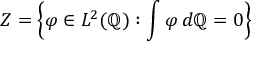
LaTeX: Z = \left\{ \varphi \in L ^ { 2 } ( \mathbb { Q } ) : \int \varphi \, d \mathbb { Q } = 0 \right\}